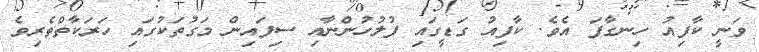
ވަނީ ކާފިއު ހިނގާފަ އެވެ. ކާފިއު ގަޑީގައި ފުލުހުންނާއި ސިފައިން މަގުތަކުގައި ހަރަކާތްތެރިވެ